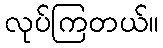
လုပ်ကြတယ်။